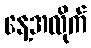
နေ့အလိုက်